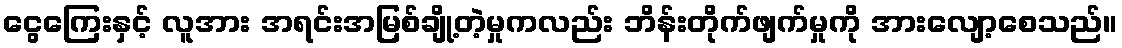
ငွေကြေးနှင့် လူအား အရင်းအမြစ်ချို့တဲ့မှုကလည်း ဘိန်းတိုက်ဖျက်မှုကို အားလျော့စေသည်။